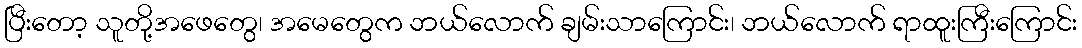
ပြီးတော့ သူတို့အဖေတွေ၊ အမေတွေက ဘယ်လောက် ချမ်းသာကြောင်း၊ ဘယ်လောက် ရာထူးကြီးကြောင်း